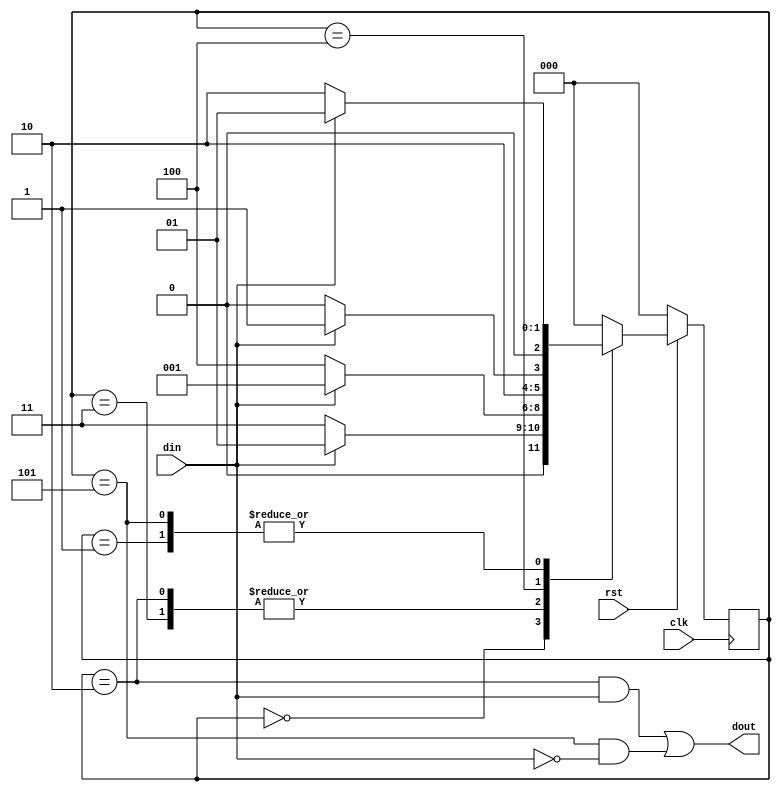
//////////////////////////////////////////////
// Detect a sequence of 101 and 0010
//////////////////////////////////////////////

`timescale 1ns/1ns

module moore_seq(/*AUTOARG*/
   // Outputs
   dout,
   // Inputs
   clk, rst, din
   );
   input clk;
   input rst;
   input din;
   output dout;

   /*AUTOINPUT*/
   /*AUTOOUTPUT*/
   /*AUTOREG*/
   /*AUTOWIRE*/

   localparam [2:0] s0 = 'h0,
		    s1 = 'h1,
		    s2 = 'h2,
		    s3 = 'h3,
		    s4 = 'h4,
		    s5 = 'h5,
		    s6 = 'h6;

   reg [2:0]	    st_reg, st_nxt;

   always@(posedge clk)
     begin
	if(!rst)
	  st_reg <= s0;
	else
	  st_reg <= st_nxt;
     end

   always@(/*AUTOSENSE*/din or st_reg)
     begin
	st_nxt = st_reg;
	case(st_reg)
	  s0 : if(din)
	    st_nxt = s1;
	  else
	    st_nxt = s3;
	  s1 : if(din)
	    st_nxt = s1;
	  else
	    st_nxt = s2;
	  s2 : if(din)
	    st_nxt = s1;
	  else
	    st_nxt = s4;
	  s3 : if(din)
	    st_nxt = s1;
	  else
	    st_nxt = s4;
	  s4 : if(din)
	    st_nxt = s5;
	  else
	    st_nxt = s4;
	  s5 : if(din)
	    st_nxt = s1;
	  else
	    st_nxt = s2;
	  default: st_nxt = s0;
	endcase // case (st_reg)
     end // always@ (...

   assign dout = ((st_reg == s2 & din == 1) || (st_reg == s5 & din == 0));

endmodule // moore_seq
// Local Variables: 
// verilog-library-directories:("~/Projects/fpgaProjects/iVerilog/design/*") 
// End: